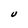
Character: U